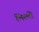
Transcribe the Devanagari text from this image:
भिरमी